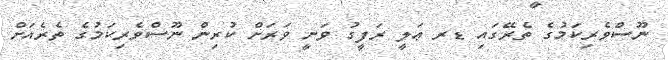
ނޫސްވެރިކަމުގެ ތެރޭގައި ޑރ ޢަލީ ރަފީގު ވަނީ ވަރަށް ކުރިން ނޫސްވެރިކަމުގެ ތެރެއަށް